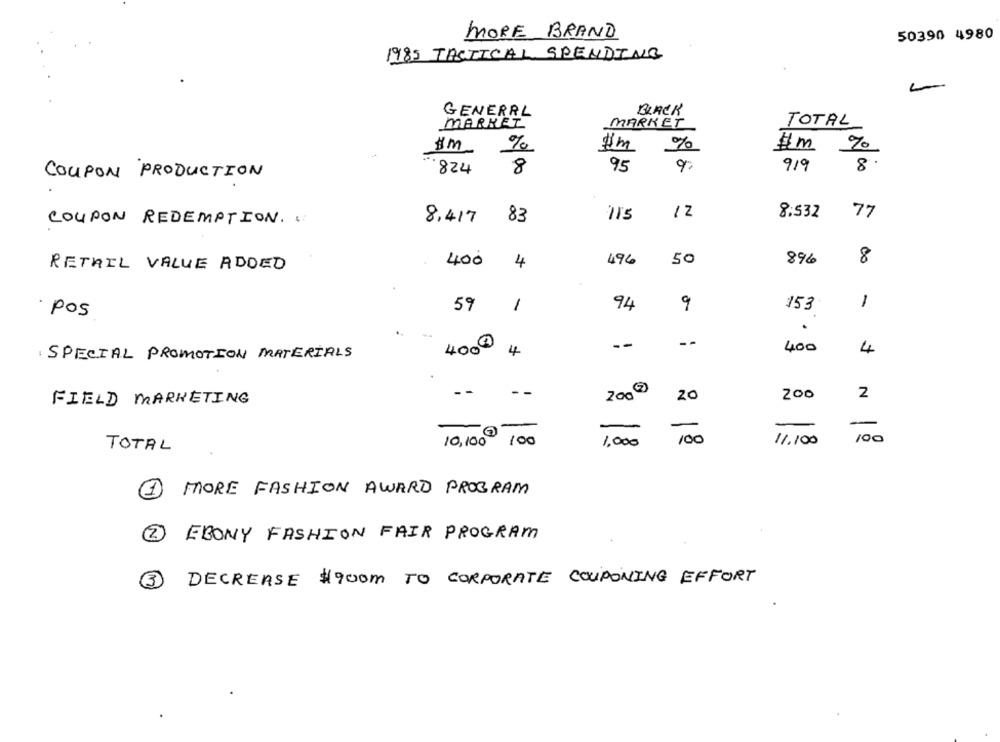
MORE BRAND
50390 4980
1985 TACTICAL SPENDING
GENERAL
BLACK
MARKET
MARKET
TOTAL
%
um
%
#m %
8.
.824
8
95
919
COUPON PRODUCTION
1 Z
8:532
77
COUPON REDEMPTION. .
8,417
83
8
RETAIL VALUE ADDED
400
4
496
50
896
94
1
59
1
9
153
·pos
..
- -
--
400
SPECIAL PROMOTION MATERIALS
4000
4
4
- -
200 2
20
200
2
FIELD MARKETING
-
10,100 100
1.000
100
11.100
100
TOTAL
MORE FASHION AWARD PROGRAM
2
EBONY FASHION FAIR PROGRAM
3
DECREASE $900m TO CORPORATE COUPONING EFFORT